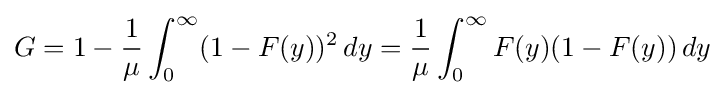
G=1-{\frac {1}{\mu }}\int _{0}^{\infty }(1-F(y))^{2}\,dy={\frac {1}{\mu }}\int _{0}^{\infty }F(y)(1-F(y))\,dy